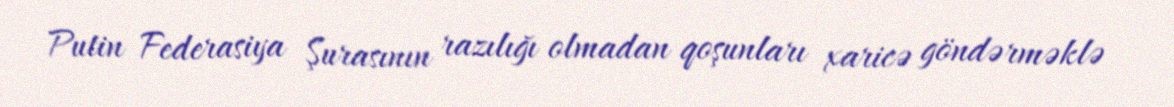
Putin Federasiya Şurasının razılığı olmadan qoşunları xaricə göndərməklə